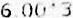
6.00*3